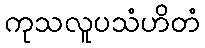
ကုသလူပသံဟိတံ